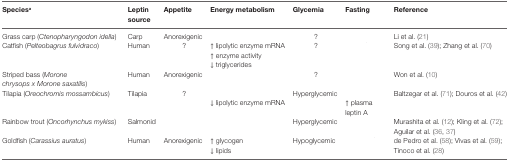
<table><thead><tr><td><b>Species<sup>a</sup></b></td><td><b>Leptin source</b></td><td><b>Appetite</b></td><td><b>Energy metabolism</b></td><td><b>Glycemia</b></td><td><b>Fasting</b></td><td><b>Reference</b></td></tr></thead><tbody><tr><td>Grass carp (<i>Ctenopharyngodon idella</i>)</td><td>Carp</td><td>Anorexigenic</td><td>[EMPTY_CELL]</td><td>?</td><td>[EMPTY_CELL]</td><td>Li et al. (21)</td></tr><tr><td rowspan="3">Catfish (<i>Pelteobagrus fulvidraco</i>)</td><td rowspan="3">Human</td><td rowspan="3">?</td><td>↑ lipolytic enzyme mRNA</td><td rowspan="3">?</td><td rowspan="3">[EMPTY_CELL]</td><td rowspan="3">Song et al. (39); Zhang et al. (70)</td></tr><tr><td>↑ enzyme activity</td></tr><tr><td>↓ triglycerides</td></tr><tr><td>Striped bass (<i>Morone chrysops x Morone saxatilis</i>)</td><td>Human</td><td>Anorexigenic</td><td>[EMPTY_CELL]</td><td>?</td><td>[EMPTY_CELL]</td><td>Won et al. (10)</td></tr><tr><td rowspan="2">Tilapia (<i>Oreochromis mossambicus</i>)</td><td rowspan="2">Tilapia</td><td rowspan="2">?</td><td>[EMPTY_CELL]</td><td rowspan="2">Hyperglycemic</td><td>[EMPTY_CELL]</td><td rowspan="2">Baltzegar et al. (71); Douros et al. (42)</td></tr><tr><td>↓ lipolytic enzyme mRNA</td><td>↑ plasma leptin A</td></tr><tr><td>Rainbow trout (<i>Oncorhynchus mykiss</i>)</td><td>Salmonid</td><td>[EMPTY_CELL]</td><td>[EMPTY_CELL]</td><td>Hyperglycemic</td><td>[EMPTY_CELL]</td><td>Murashita et al. (12); Kling et al. (72); Aguilar et al. (36, 37)</td></tr><tr><td rowspan="2">Goldfish (<i>Carassius auratus</i>)</td><td rowspan="2">Human</td><td rowspan="2">Anorexigenic</td><td>↑ glycogen</td><td rowspan="2">Hypoglycemic</td><td rowspan="2">[EMPTY_CELL]</td><td rowspan="2">de Pedro et al. (58); Vivas et al. (59); Tinoco et al. (28)</td></tr><tr><td>↓ lipids</td></tr></tbody></table>